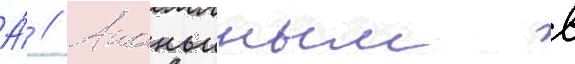
А́ // Ананьиным в